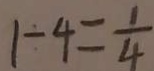
1 \div 4 = \frac { 1 } { 4 }